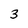
Character: 3